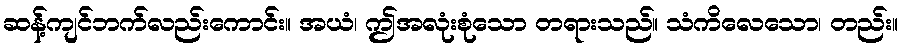
ဆန့်ကျင်ဘက်လည်းကောင်း။ အယံ၊ ဤအလုံးစုံသော တရားသည်။ သံကိလေသော၊ တည်း။